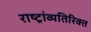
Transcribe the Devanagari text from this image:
राष्ट्रांव्यतिरिक्त